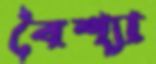
বৈশ্যা